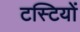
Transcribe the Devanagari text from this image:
टस्टियों